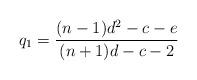
LaTeX: \begin{align*}q_1=\frac{(n-1)d^2-c-e}{(n+1)d-c-2} \end{align*}